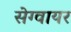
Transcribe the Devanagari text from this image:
सेग्वायर